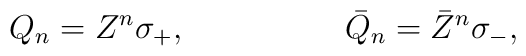
Q_n=Z^n\sigma_+,\hskip 2cm \bar Q_n=\bar Z^n\sigma_-,